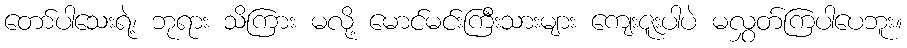
တော်ပါသေးရဲ့၊ ဘုရား သိကြား မလို့ မောင်မင်းကြီးသားများ ကျေးဇူးပါပဲ မလွှတ်ကြပါပေဘူး။